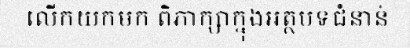
លើកយកមក ពិភាក្សាក្នុងអត្ថបទជំនាន់